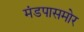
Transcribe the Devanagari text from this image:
मंडपासमोर